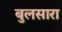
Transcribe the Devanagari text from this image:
बुलसारा